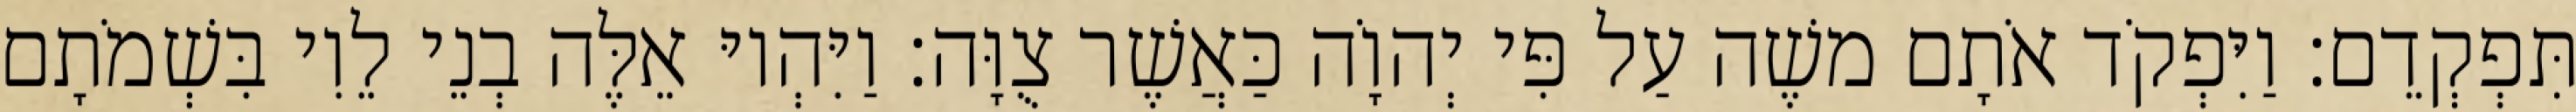
תִּפְקְדֵם׃ וַיִּפְקֹד אֹתָם משֶׁה עַל פִּי יְהוָֹה כַּאֲשֶׁר צֻוָּה׃ וַיִּהְיוּ אֵלֶּה בְנֵי לֵוִי בִּשְׁמֹתָם